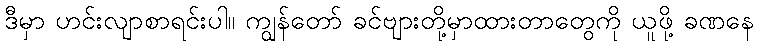
ဒီမှာ ဟင်းလျာစာရင်းပါ။ ကျွန်တော် ခင်ဗျားတို့မှာထားတာတွေကို ယူဖို့ ခဏနေ